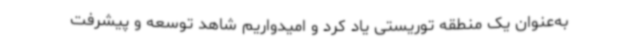
به‌عنوان یک منطقه توریستی یاد کرد و امیدواریم شاهد توسعه و پیشرفت